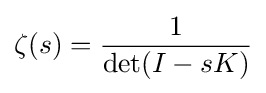
\zeta (s)={\frac {1}{\det(I-sK)}}